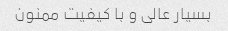
بسیار عالی و با کیفیت ممنون